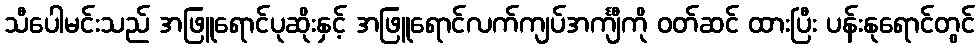
သီပေါမင်းသည် အဖြူရောင်ပုဆိုးနှင့် အဖြူရောင်လက်ကျပ်အင်္ကျီကို ဝတ်ဆင် ထားပြီး ပန်းနုရောင်တွင်